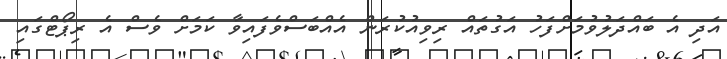
އަދި އެ ބައްދަލުވުމަށްފަހު އަގުތައް ރިވިއުކުރަން އެއްބަސްވެފައިވާ ކަމަށް ވެސް އެ ރިޕޯޓްގައި